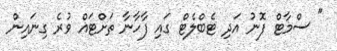
" ސްމާޓް ފޮނު އަދި ޓެބްލެޓް ގައި ފާހާނާ ތަށްޓައް ވުރެ ގިނައިން